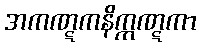
အကဏ္ဋကနိက္ကဏ္ဋကာ